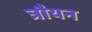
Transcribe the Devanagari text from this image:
त्रौयन